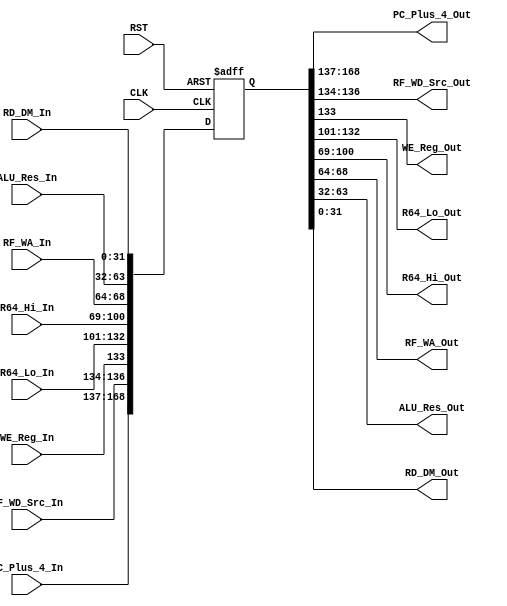
module MEM_WB_Reg(
        //Input
        input wire  [31:0]  PC_Plus_4_In,
        input wire  [2:0]   RF_WD_Src_In,
        input wire          WE_Reg_In,
        input wire  [31:0]  R64_Lo_In,
        input wire  [31:0]  R64_Hi_In,
        input wire  [4:0]   RF_WA_In,
        input wire  [31:0]  ALU_Res_In,
        input wire  [31:0]  RD_DM_In,
        //Output
        output wire [31:0]  PC_Plus_4_Out,
        output wire [2:0]   RF_WD_Src_Out,
        output wire         WE_Reg_Out,
        output wire [31:0]  R64_Lo_Out,
        output wire [31:0]  R64_Hi_Out,
        output wire [4:0]   RF_WA_Out,
        output wire [31:0]  ALU_Res_Out,
        output wire [31:0]  RD_DM_Out,
        //Misc
        input wire          CLK,
        input wire          RST
    );
    
    wire [168:0] InSignals;
    reg [168:0] OutSignals;
    
    assign InSignals = {PC_Plus_4_In,RF_WD_Src_In,WE_Reg_In,R64_Lo_In,R64_Hi_In,RF_WA_In,ALU_Res_In,RD_DM_In};
    assign {PC_Plus_4_Out,RF_WD_Src_Out,WE_Reg_Out,R64_Lo_Out,R64_Hi_Out,RF_WA_Out,ALU_Res_Out,RD_DM_Out} = OutSignals;
    
    always @ (posedge CLK or posedge RST) begin
        if(RST) OutSignals <= 169'b0;
        else OutSignals <= InSignals;
    end

endmodule